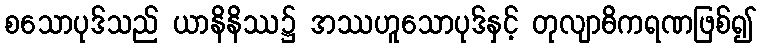
စသောပုဒ်သည် ယာနိနိဿ၌ အဿဟူသောပုဒ်နှင့် တုလျာဓိကရဏဖြစ်၍